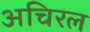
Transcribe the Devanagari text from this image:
अचिरल